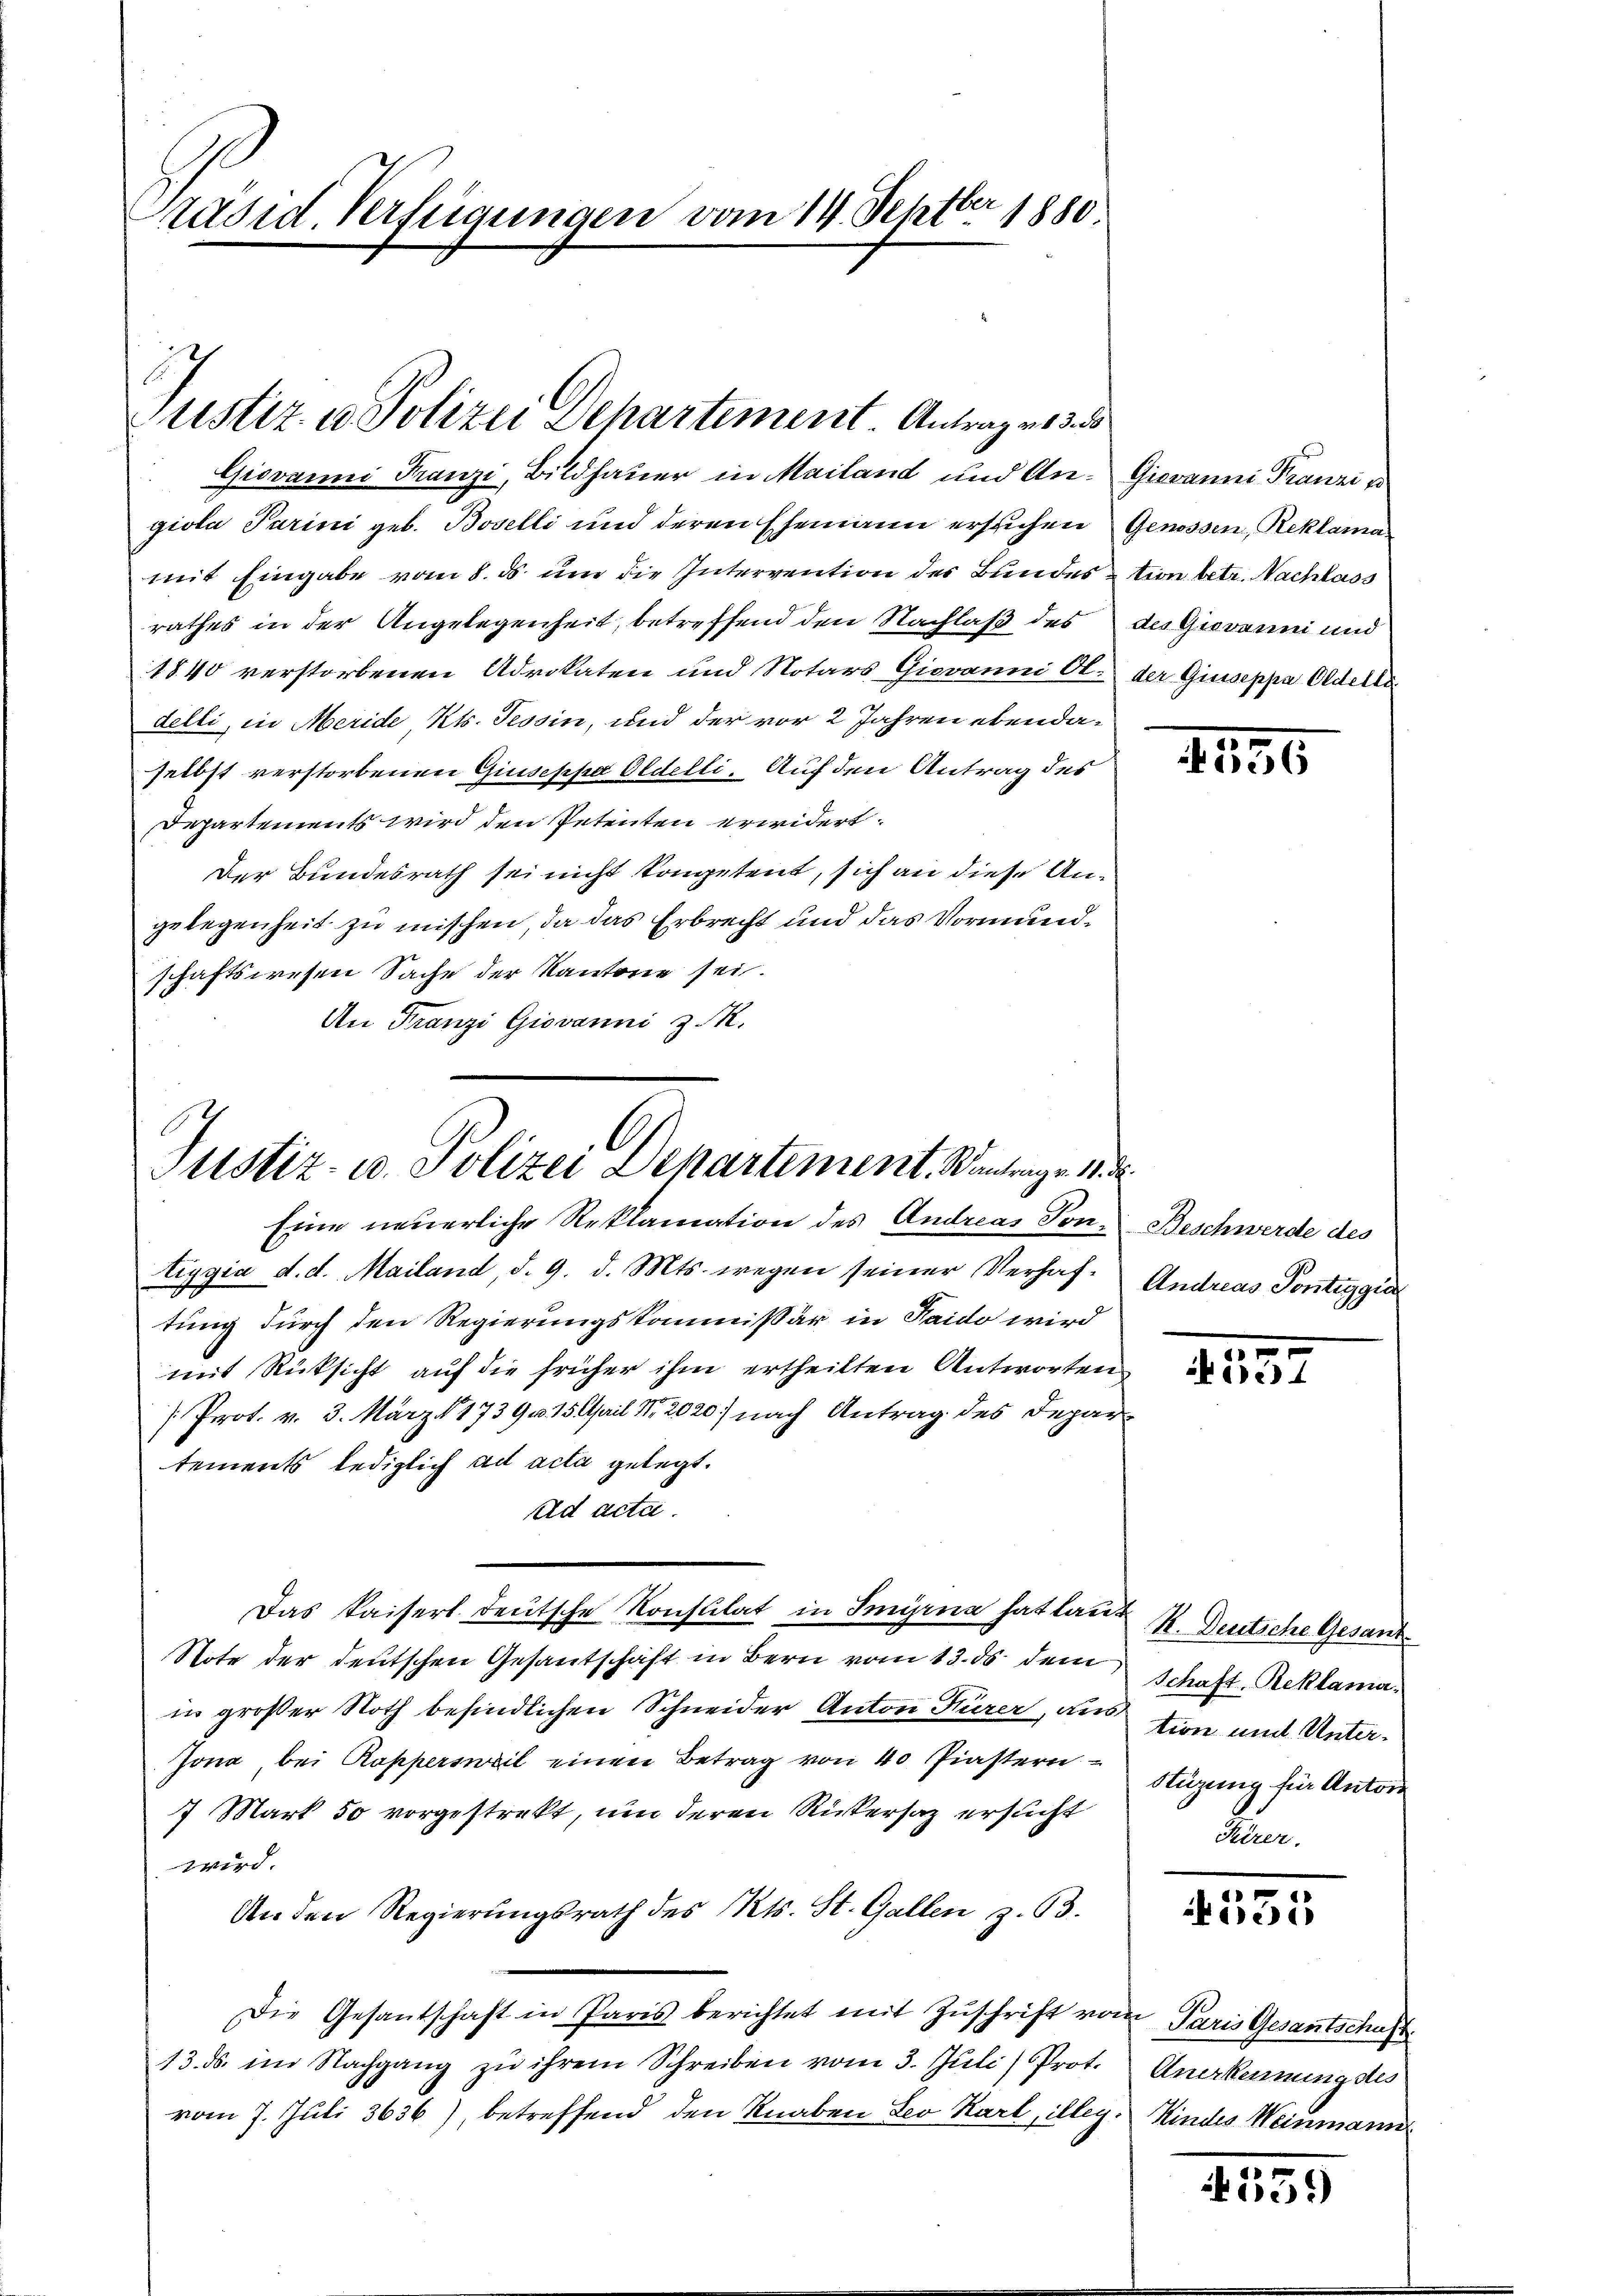
räsid. Verfügungen vom 14. Septbr 1880

Justiz u. Polizei Departement Antrages d

Giovanni Franzi, Bildhauer in Mailand und An- Giovanni Franzi v
giola Parini geb. Boselli und deren Ehemann erstichen Genossen, Reklamamit Eingabe vom 8. ds um die Intervention des Bundes
rathes in der Angelegenheit, betreffend den Nachlaß des
1840 verstorbenen Advokaten und Notars Giovanni Ol.
delli, in Meride, Kts. Tessin, und der vor 2 Jahren ebendaselbst verstorbenen Giuseppa Oldelli. Auf den Antrag des
Departements wird den Petenten erwidert.
Der Bundesrath sei nicht kompetent, sich an diese Angelegenheit zu mischen, da das Erbrecht und das Vormundschaftswesen Sache der Kantone sei.
An Franzi Giovanni z. R.

Justiz- u. Polizei Departement. Wantrage 11. d.
Eine neuerliche Reklamation des Andreas Ton Beschwerde des

tion betr. Nachlass
des Giovanni und
der Giuseppa Oldells

tiggia d. d. Mailand, d. 9. d. Mts. wegen seiner Verhaf¬ Andreas Pontiggia
tung durch den Regierungskommissär in Haido wird
mit Rücksicht auf die früher ihm ertheilten Antworten
[Prot. v. 3. März 1739 v. 15 April Nr. 2020) nach Antrag des Departements lediglich ad acta gelegt.
ad acta.
Das kaiserl deutsche Konstilat in Smyrna hat laut R. Deutsche Gesand¬
Note der deutschen Gesantschaft in Bern vom 13. ds dem Schaft, Reklamain großer Noth befindlichen Schneider Anton Kürer, aus tien und Unter¬
Jona, bei Rapperswil einen Betrag von 40 Piastern Stigung für Antore
7 Mart so vorgestrekt, um deren Rickersaz ersucht
wird.
An den Regierungsrath des Kts. St. Gallen z. 63.
Die Gesantschaft in Paris berichtet mit Zŭschrift vom Paris Gesantschaft
13. ds. im Nachgang zu ihrem Schreiben vom 3. Juli) Prot. Anerkennung des
vom 7. Juli 3636), betreffend den Knaben Leo Karl, illeg. Kindes Weinmann

1191

1557

Sirer.

n
Fische

4355)